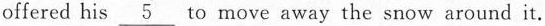
offered his \underline{5} to move away the snow around it.